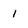
Character: I